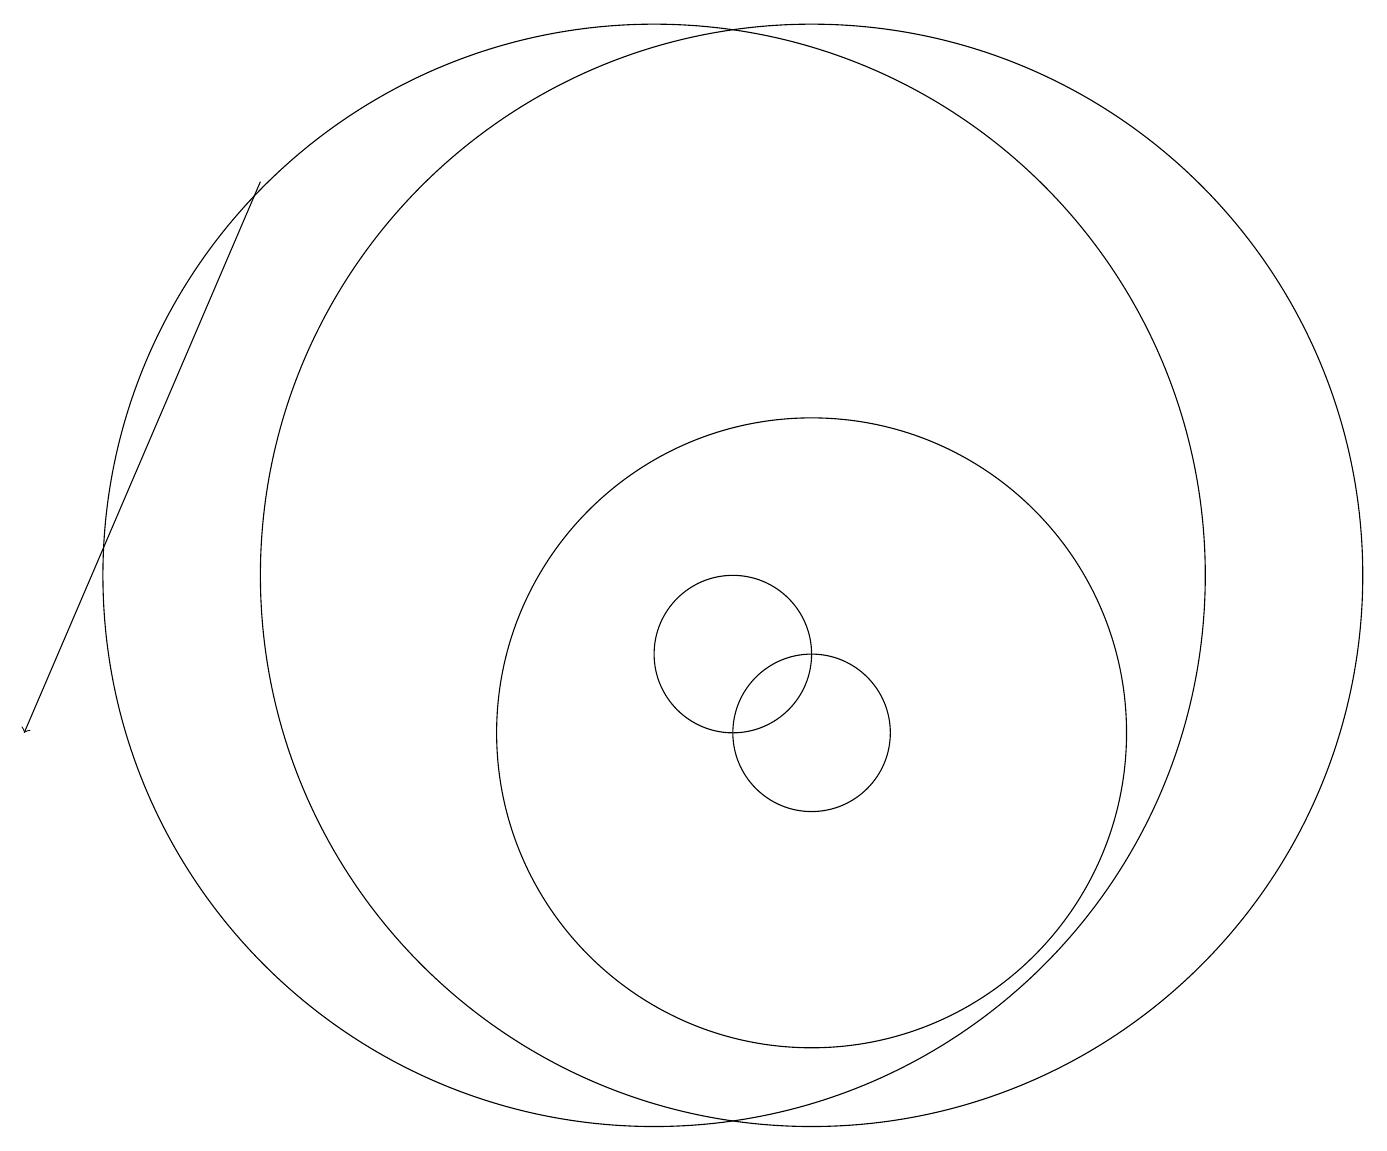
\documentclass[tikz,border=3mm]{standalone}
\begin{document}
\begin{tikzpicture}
\draw (12,12) circle (7);
\draw (12,10) circle (1);
\draw (11,11) circle (1);
\draw (12,10) circle (0);
\draw (12,10) circle (4);
\draw[->] (5,17) -- (2,10);
\draw (10,12) circle (7);
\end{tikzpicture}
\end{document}